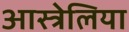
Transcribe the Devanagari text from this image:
आस्त्रेलिया